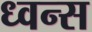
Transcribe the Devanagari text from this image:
ध्वन्स